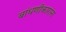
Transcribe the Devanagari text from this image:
बांधणीकारांना